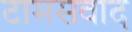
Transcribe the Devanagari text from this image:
टामसवाद